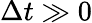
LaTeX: \Delta t\gg 0